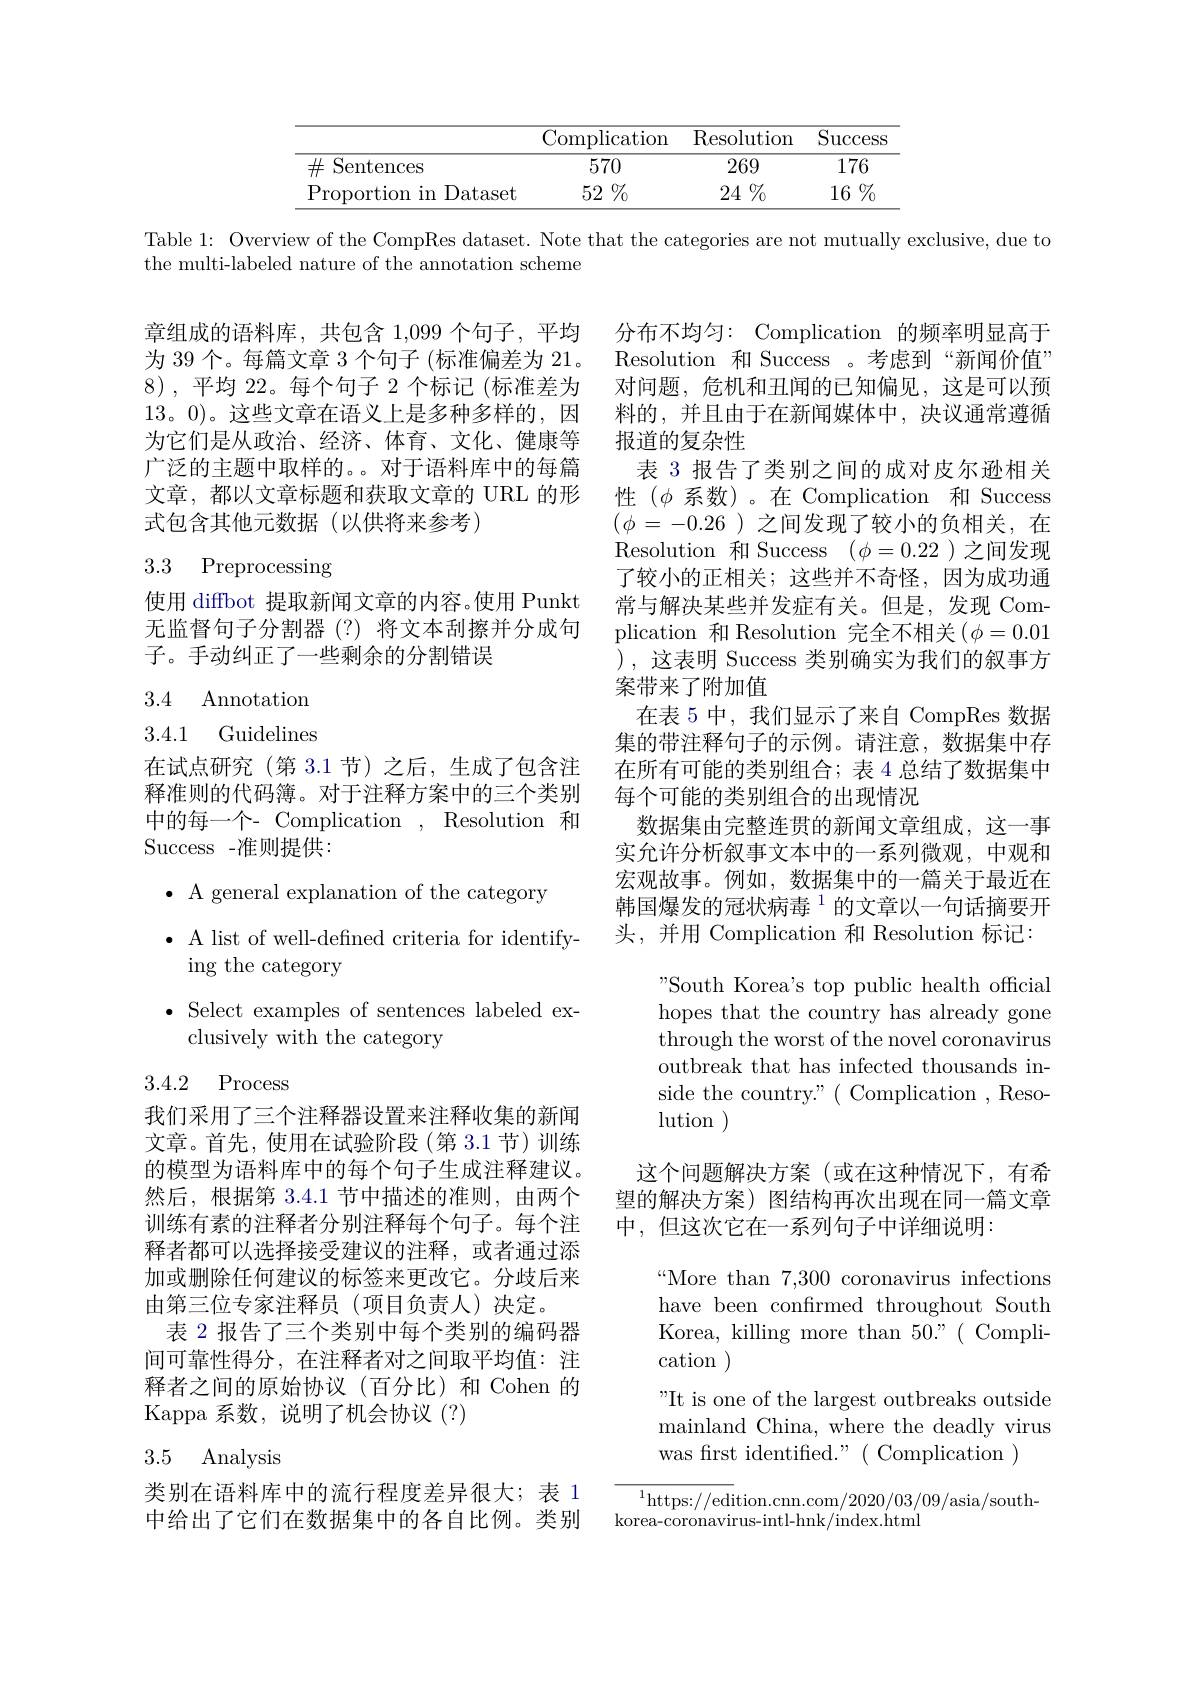
<table>
	<tbody>
		<tr>
			<th> </th>
			<th>Complication</th>
			<th>Resolution</th>
			<th>$\operatorname{Success}$</th>
		</tr>
		<tr>
			<td>$\#$Sentences</td>
			<td>570</td>
			<td>269</td>
			<td>176</td>
		</tr>
		<tr>
			<td>Proportion in Dataset</td>
			<td>52 $2\%$ T</td>
			<td>$24\%$</td>
			<td>$16\%$</td>
		</tr>
	</tbody>
</table>

Table 1: Overview of the CompRes dataset. Note that the categories are not mutually exclusive, due to

the multi-labeled nature of the annotation scheme

章组成的语料库，共包含 1,099 个句子，平均 分布不均匀：Complication 的频率明显高于为 39 个。每篇文章 3 个句子 (标准偏差为 21。Resolution 和 Success 。考虑到“新闻价值” 8),平均 22。每个句子 2 个标记 (标准差为 对问题，危机和丑闻的已知偏见，这是可以预13。0)。这些文章在语义上是多种多样的，因 料的，并且由于在新闻媒体中，决议通常遵循为它们是从政治、经济、体育、文化、健康等 报道的复杂性
广泛的主题中取样的。。对于语料库中的每篇文章，都以文章标题和获取文章的 URL 的形式包含其他元数据(以供将来参考)

# 3.3 Preprocessing

使用 diffbot 提取新闻文章的内容。使用 Punkt 无监督句子分割器(?)将文本刮擦并分成句子。手动纠正了一些剩余的分割错误

表 3 报告了类别之间的成对皮尔逊相关性($\phi$系数)。在 Complication 和 Success $(\phi=-0.26$ )之间发现了较小的负相关，在Resolution 和 Success $(\phi=0.22$ )之间发现了较小的正相关；这些并不奇怪，因为成功通常与解决某些并发症有关。但是，发现 Complication 和 Resolution 完全不相关$(\phi=0.01$ ),这表明 Success 类别确实为我们的叙事方案带来了附加值
在表 5 中，我们显示了来自 CompRes 数据集的带注释句子的示例。请注意，数据集中存在所有可能的类别组合；表 4 总结了数据集中每个可能的类别组合的出现情况
数据集由完整连贯的新闻文章组成，这一事实允许分析叙事文本中的一系列微观，中观和宏观故事。例如，数据集中的一篇关于最近在韩国爆发的冠状病毒$^{1}$的文章以一句话摘要开头，并用 Complication 和 Resolution 标记：
South Korea's top public health official

3.4 Annotation

3.4.1 Guidelines

在试点研究(第 3.1节)之后，生成了包含注释准则的代码簿。对于注释方案中的三个类别中的每一个- Complication , Resolution 和Success -准则提供：
$\bullet$ A general explanation of the category
$\bullet$ A list of well-defined criteria for identify-
ing the category
$\bullet$ Select examples of sentences labeled ex-
clusively with the category

hopes that the country has already gone

through the worst of the novel coronavirus

outbreak that has infected thousands in-

## 3.4.2 Process

side the country."( Complication , Reso-

lution )

这个问题解决方案(或在这种情况下，有希望的解决方案) 图结构再次出现在同一篇文章中，但这次它在一系列句子中详细说明：

我们采用了三个注释器设置来注释收集的新闻文章。首先，使用在试验阶段(第 3.1节)训练的模型为语料库中的每个句子生成注释建议。然后，根据第3.4.1节中描述的准则，由两个训练有素的注释者分别注释每个句子。每个注释者都可以选择接受建议的注释，或者通过添加或删除任何建议的标签来更改它。分歧后来由第三位专家注释员(项目负责人)决定。
表 2 报告了三个类别中每个类别的编码器间可靠性得分，在注释者对之间取平均值：注释者之间的原始协议(百分比)和 Cohen 的Kappa 系数，说明了机会协议(?)

“More than 7,300 coronavirus infections have been confirmed throughout South Korea, killing more than $50.”($Complication )
"It is one of the largest outbreaks outside mainland China, where the deadly virus was first identified."( Complication )

# 3.5 Analysis

类别在语料库中的流行程度差异很大；表 1中给出了它们在数据集中的各自比例。类别

$^{1}$https://edition.cnn.com/2020/03/09/asia/south-
korea-coronavirus-intl-hnk/index.html